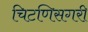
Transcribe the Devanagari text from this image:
चिटणिसगरी